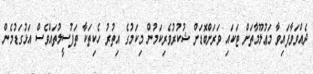
ދެއްވަވާފައިވާ މަޢުލޫމާތަށް ޓަކައި ވަރަށްބޮޑަށް ޝުކުރުވެރިކަމުން މިކަމުގެ އިތުރު ހެކިތަކާ ތަފުސީލުތައްވެސް އަޅުގަޑުމެން